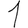
Digit: 1